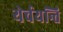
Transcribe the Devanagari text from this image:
येर्चयन्ति